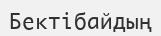
Бектібайдың